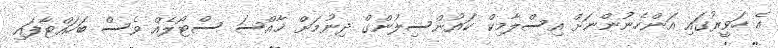
އެ ހަވީރުގައި އަންހެނުންނަށް އިސްލާމިކް ކައުންސިލުންގް ދިނުމަށް ޚާއްސަ ސްޓޯލެއް ވެސް ބަހައްޓާފައި